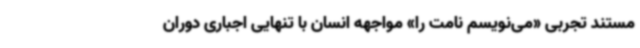
مستند تجربی «می‌نویسم نامت را» مواجهه‌ انسان با تنهایی اجباری دوران